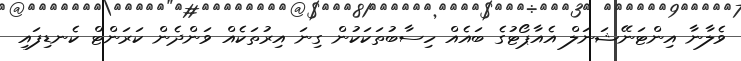
ވެލާނާ އިންޓަނޭޝަނަލް އެއާޕޯޓުގެ ބައެއް ހިސާބުތަކަކުން ގިނަ އިރުތަކެއް ވަންދެން ކަރަންޓް ކެނޑިފައި